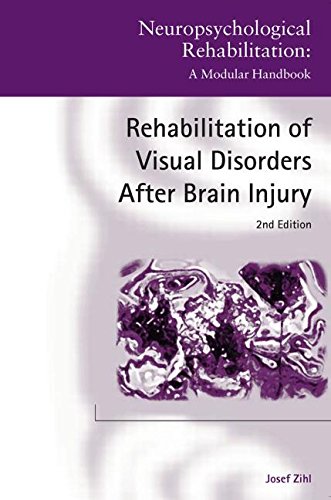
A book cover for Rehabilitation of Visual Disorders After Brain Injury: 2nd Edition (Neuropsychological Rehabilitation: A Modular Handbook); Josef Zihl; Medical Books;